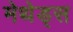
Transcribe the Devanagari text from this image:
मेथेड्स